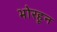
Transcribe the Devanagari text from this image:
भोरहून